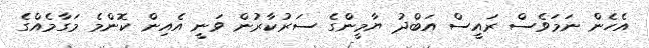
އެހެން ނަމަވެސް ރައީސް އަބްދުު ޔާމީންގެ ސަރުކާރުން ވަނީ އެއިން ކޮންމެ މަގާމެއްގެ